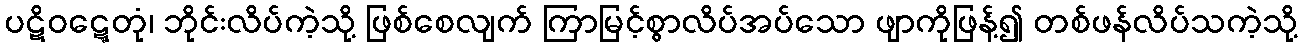
ပဋိဝဋ္ဋေတုံ၊ ဘိုင်းလိပ်ကဲ့သို့ ဖြစ်စေလျက် ကြာမြင့်စွာလိပ်အပ်သော ဖျာကိုဖြန့်၍ တစ်ဖန်လိပ်သကဲ့သို့